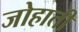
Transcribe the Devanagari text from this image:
जोहाती